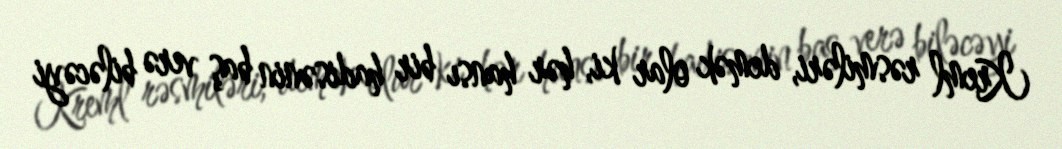
Kreml rəsmiləri, demək olar ki, hər hansı bir hadisənin baş verə biləcəyi